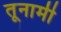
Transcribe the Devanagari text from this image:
तूनामी